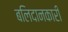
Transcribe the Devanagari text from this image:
बलिदानकारी